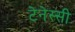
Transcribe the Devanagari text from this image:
टेनेस्सी